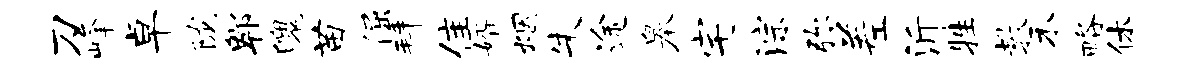
刀峰卓陇郫魄苗倔拜隹婿烟朱途皋宅淙弥差沂牲教禾略休